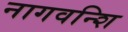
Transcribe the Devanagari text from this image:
नागवन्शि